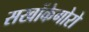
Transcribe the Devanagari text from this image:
सखोंकेगोरो